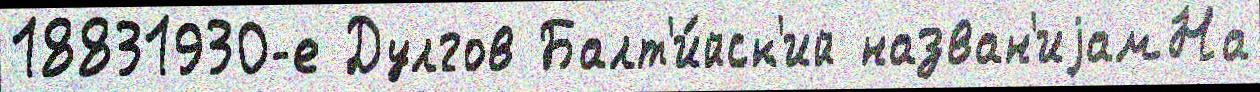
18831930-е Дулгов Балт'и́йск'ий назван'иjамНа